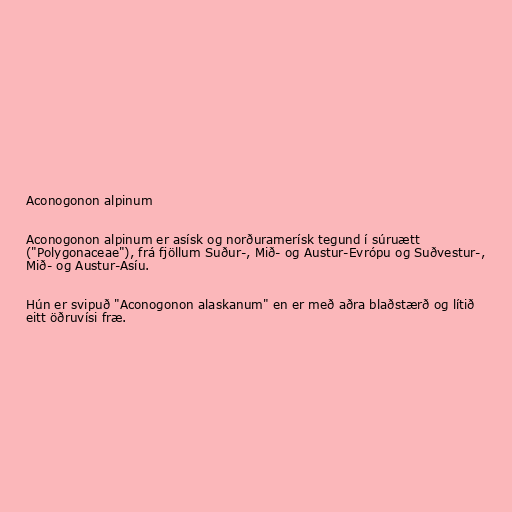
Aconogonon alpinum

Aconogonon alpinum er asísk og norðuramerísk tegund í súruætt
("Polygonaceae"), frá fjöllum Suður-, Mið- og Austur-Evrópu og Suðvestur-,
Mið- og Austur-Asíu.

Hún er svipuð "Aconogonon alaskanum" en er með aðra blaðstærð og lítið
eitt öðruvísi fræ.